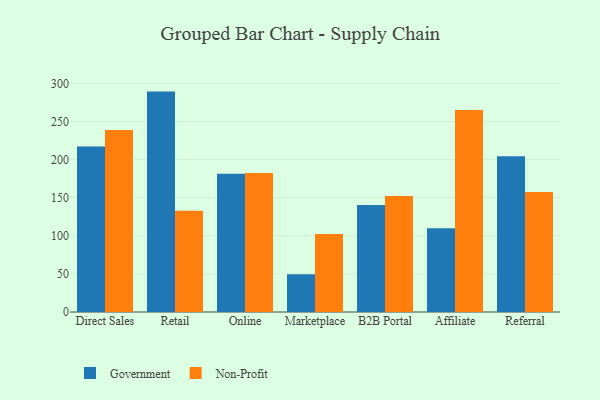
{"axis": {"x": "Channel", "y": "LTV (USD)"}, "legend": ["Government", "Non-Profit"], "data": [{"x": "Direct Sales", "y": 217.2, "type": "Government"}, {"x": "Direct Sales", "y": 238.8, "type": "Non-Profit"}, {"x": "Retail", "y": 289.2, "type": "Government"}, {"x": "Retail", "y": 132.8, "type": "Non-Profit"}, {"x": "Online", "y": 181.5, "type": "Government"}, {"x": "Online", "y": 182.5, "type": "Non-Profit"}, {"x": "Marketplace", "y": 49.5, "type": "Government"}, {"x": "Marketplace", "y": 102.2, "type": "Non-Profit"}, {"x": "B2B Portal", "y": 140.3, "type": "Government"}, {"x": "B2B Portal", "y": 152.3, "type": "Non-Profit"}, {"x": "Affiliate", "y": 109.9, "type": "Government"}, {"x": "Affiliate", "y": 265.0, "type": "Non-Profit"}, {"x": "Referral", "y": 204.3, "type": "Government"}, {"x": "Referral", "y": 157.5, "type": "Non-Profit"}]}